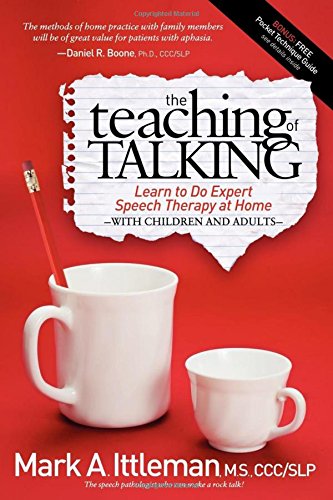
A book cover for The Teaching of Talking: Learn to Do Expert Speech Therapy at Home With Children and Adults; Mark Ittleman; Medical Books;